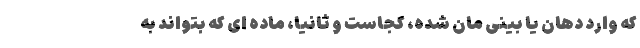
که وارد دهان یا بینی مان شده، کجاست و ثانیاً، ماده ای که بتواند به